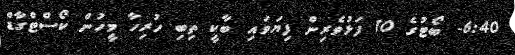
6:40- ބޯޓުގެ 10 ފަޅުވެރިން ފިޔަވައި ބާކީ ތިބި ހުރިހާ މީހުން ކޯސްޓްގާޑް